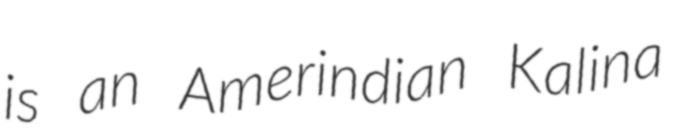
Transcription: is an Amerindian Kalina